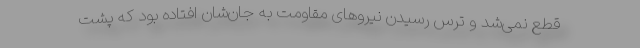
قطع نمی‌شد و ترس رسیدن نیروهای مقاومت به جان‌شان افتاده بود که پشت